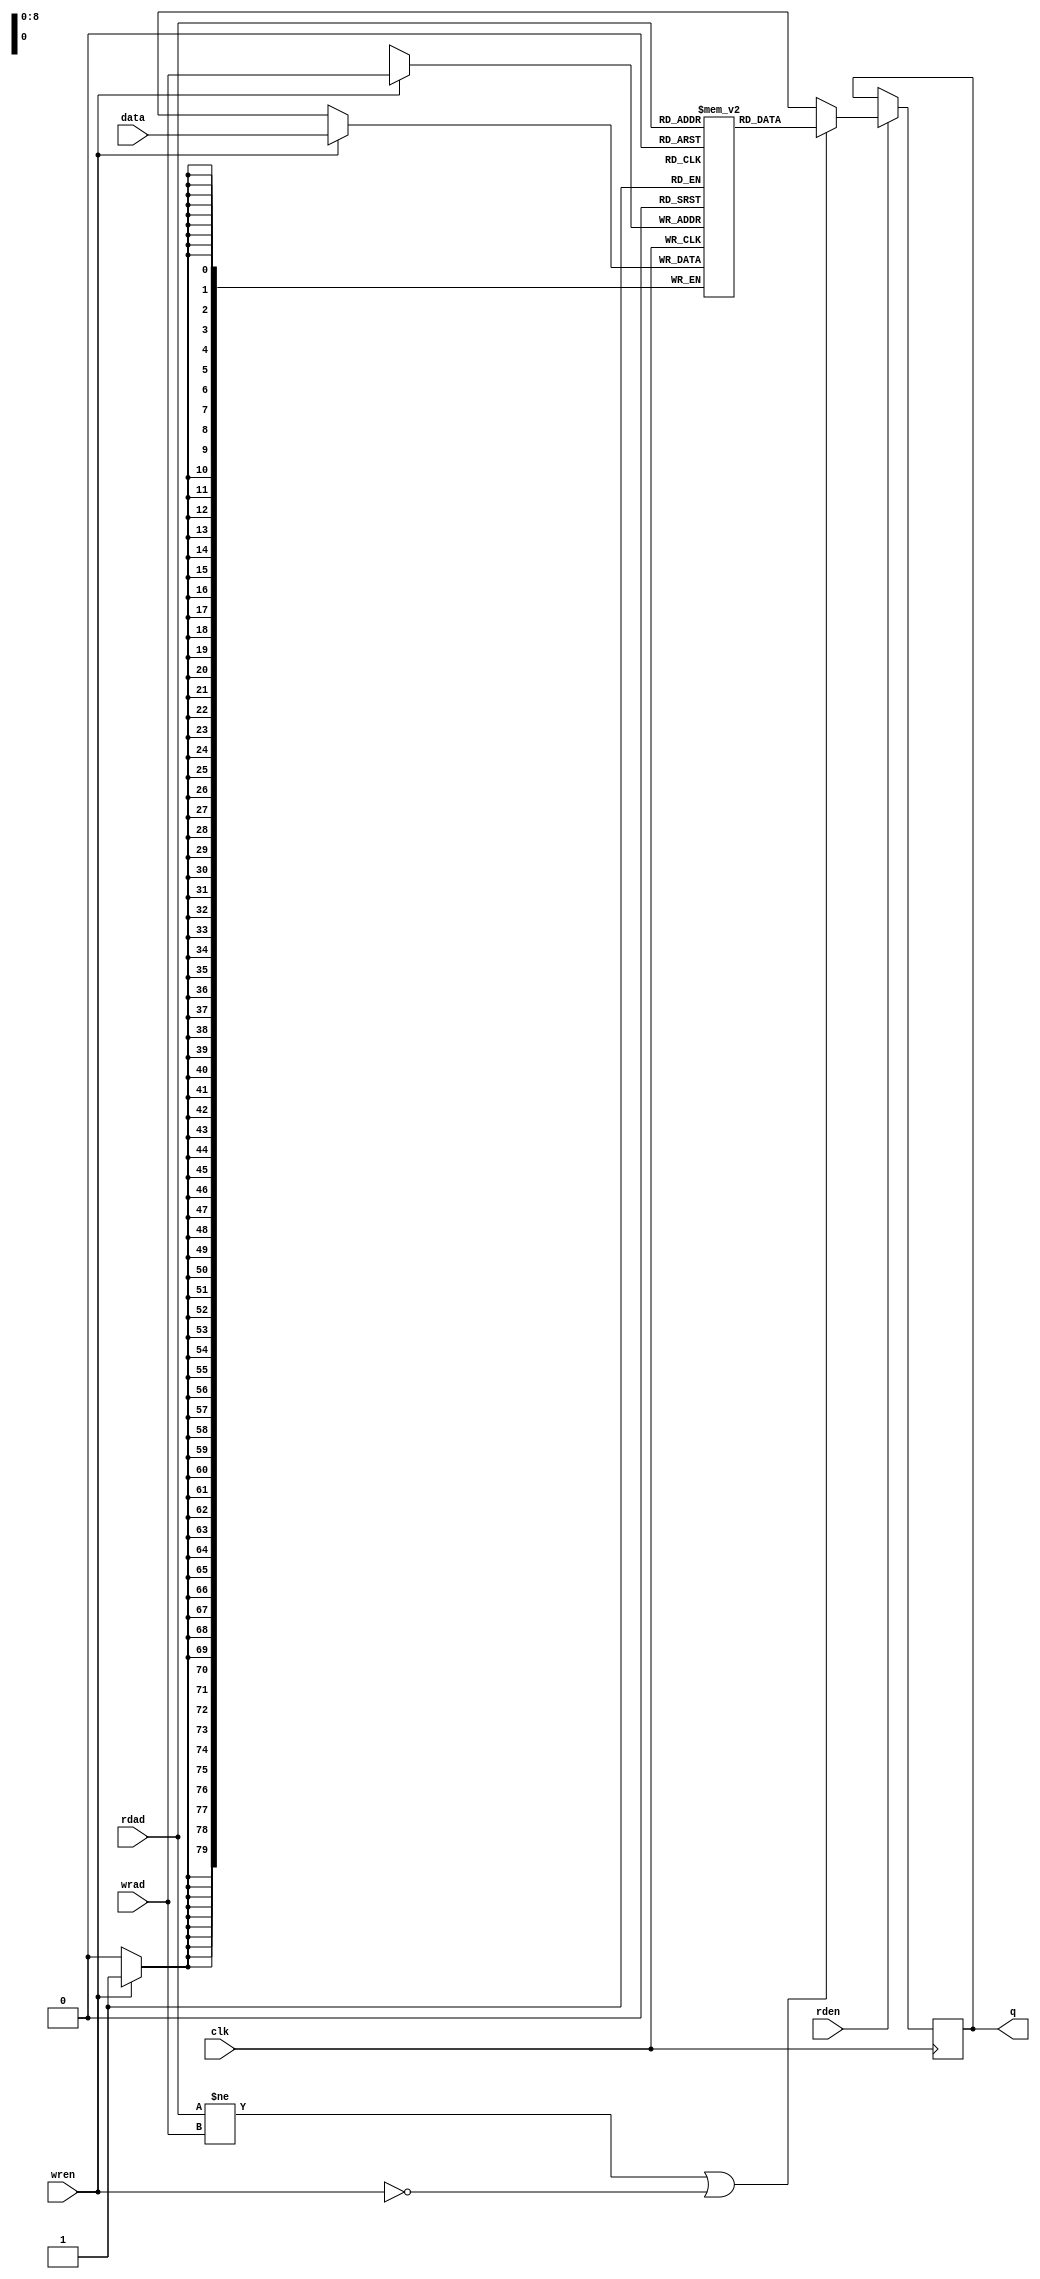
// *!***************************************************************************
// *! Copyright 2019 International Business Machines
// *!
// *! Licensed under the Apache License, Version 2.0 (the "License");
// *! you may not use this file except in compliance with the License.
// *! You may obtain a copy of the License at
// *! http://www.apache.org/licenses/LICENSE-2.0 
// *!
// *! The patent license granted to you in Section 3 of the License, as applied
// *! to the "Work," hereby includes implementations of the Work in physical form.  
// *!
// *! Unless required by applicable law or agreed to in writing, the reference design
// *! distributed under the License is distributed on an "AS IS" BASIS,
// *! WITHOUT WARRANTIES OR CONDITIONS OF ANY KIND, either express or implied.
// *! See the License for the specific language governing permissions and
// *! limitations under the License.
// *! 
// *! The background Specification upon which this is based is managed by and available from
// *! the OpenCAPI Consortium.  More information can be found at https://opencapi.org. 
// *!***************************************************************************
`timescale 1ns / 1ps

module mcp3_ram512x080 (

  // -- Clock
    input              clk

  // -- Write Port
  , input              wren
  , input        [8:0] wrad
  , input       [79:0] data

  // -- Read Port
  , input              rden
  , input        [8:0] rdad
  , output      [79:0] q

  );

 (* ram_style = "block" *)

  reg    [79:0] ram [0:511];
  reg    [79:0] q_int;

  always @(posedge clk)
   begin
     if ( wren == 1'b1 )
        ram[wrad] <= data[79:0];
    
     if ( rden == 1'b1)
       begin
          if (( rdad[8:0] != wrad[8:0] ) || ( wren == 1'b0 ))
             q_int[79:0] <= ram[rdad];
          else
             q_int[79:0] <= 80'bx; 
        end
   end  // -- always @*

  assign q[79:0] =  q_int[79:0];

endmodule